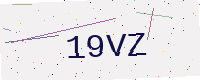
Text: 19VZ